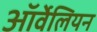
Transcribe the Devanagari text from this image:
ऑर्वेलियन